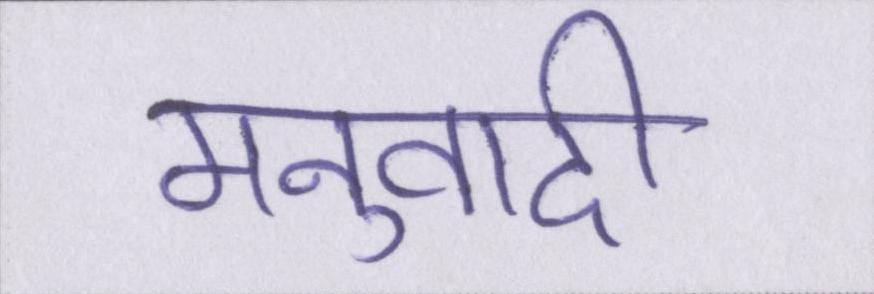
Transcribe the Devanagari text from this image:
मनुवादी